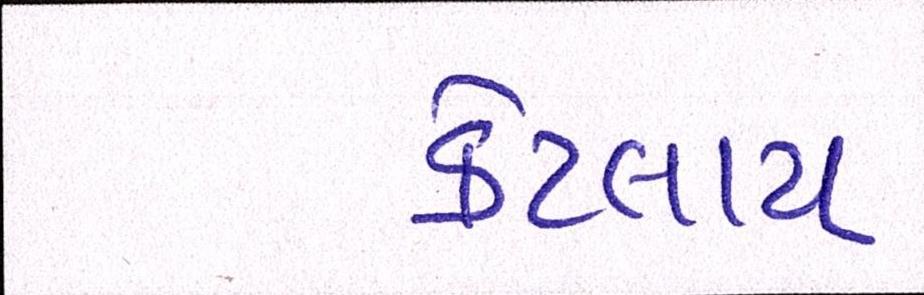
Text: કેટલાય